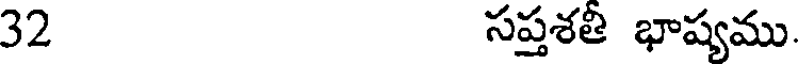
32 సప్తశతీ భాష్యము.